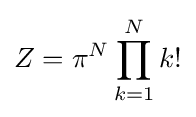
Z=\pi ^{N}\prod _{k=1}^{N}k!